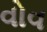
વોવ